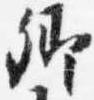
卿